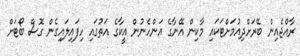
ރާއްޖެއިން ބޭރަށްދިއުމަށްޓަކައި މާކިން އޭނާގެ އަންހެނުން އީކާގެ އަތުގައި ހިފައިލައިގެން ގޮސް ބޯޓަށް